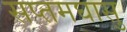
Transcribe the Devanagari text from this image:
सप्तमघासु